Rangoon Lunatic Asylum 1878-1892 - 1878-1892
Year: 1878
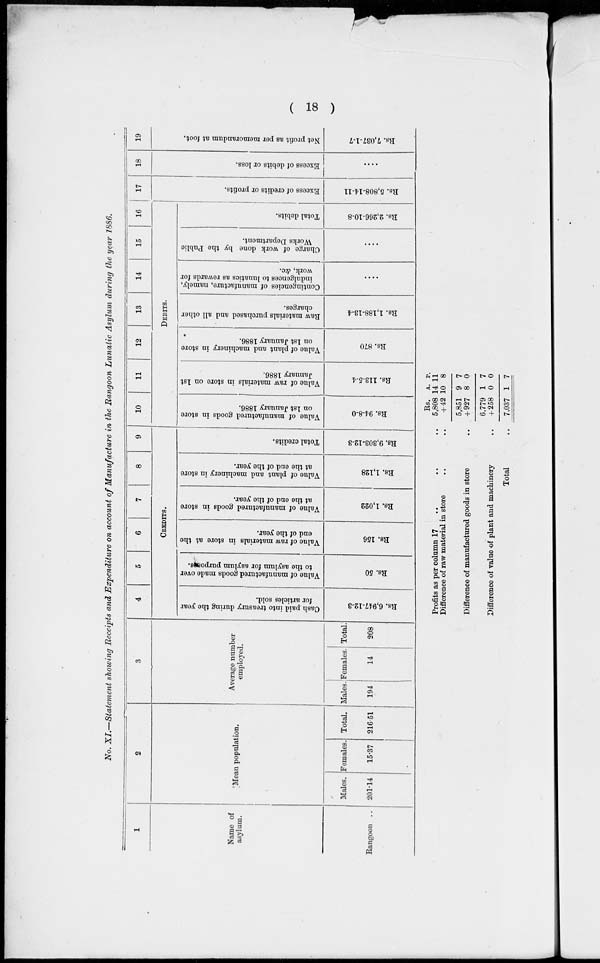
( 18 )
No. XI.—Statement showing Receipts and Expenditure on account of Manufacture in the Rangoon Lunatic Asylum during the year 1886.
1
Name of
asylum.
Rangoon ..
2
Mean population.
Males.
201.14
Females.
15.37
Total.
216.51
3
Average number
employed.
Males.
194
Females.
14
Total.
208
4
5
6
7
8
9
CREDITS.
Cash paid into treasury during the year
for articles sold.
Rs. 6,947-12-3
Value of manufactured goods made over
to the asylum for asylum purposes.
Rs. 50
Value of raw materials in store at the
end of the year.
Rs. 156
Value of manufactured goods in store
at the end of the year.
Rs. 1,022
Value of plant and machinery in store
at the end of the year.
Rs. 1,128
Total credits.
Rs. 9,303-12-3
10
11
12
13
14
15
16
17
DEBITS.
Value of manufactured goods in store
on 1st January 1886.
Rs. 94-8-0
Value of raw materials in store on 1st
January 1886.
Rs. 113-5-4
Value of plant and machinery in store
on 1st January 1886.
Rs. 870
Raw materials purchased and all other
charges.
Rs. 1,188-13-4
Contingencies of manufacture, namely,
indulgences to lunatics as rewards for
work, &c.
....
Charge of work done by the Public
Works Department.
Total debits.
Rs. 2,266-10-8
Excess of credits or profits.
Rs. 5,808-14-11
18
Excess of debits or loss.
....
19
Net profit as per memorandum at foot.
Rs. 7,037-1-7
Profits as per column 17 .. .. ..
Difference of raw material in store .. ..
Difference of manufactured goods in store
Difference of value of plant and machinery
Total ..
Rs.
5,808
+ 42
5,851
+ 927
6,779
+ 258
7,037
A.
14
10
9
8
1
0
1
P.
11
8
7
0
7
0
7